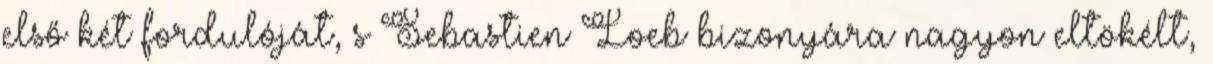
első két fordulóját, s Sebastien Loeb bizonyára nagyon eltökélt,